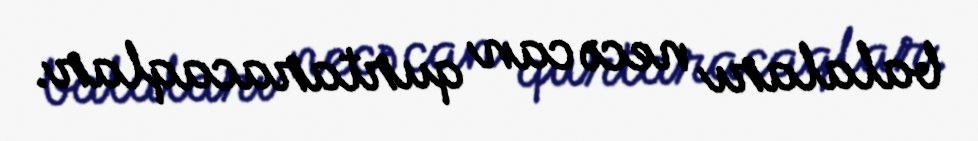
balaları necə can qurtaracaqlar.